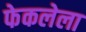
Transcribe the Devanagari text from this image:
फेकलेला